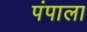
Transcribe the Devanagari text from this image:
पंपाला